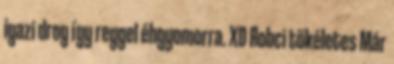
igazi drog így reggel éhgyomorra. XD Robci tökéletes Már